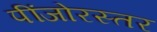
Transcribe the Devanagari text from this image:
पींजोरस्तर